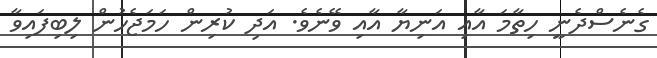
ގެނެސްދެނީ ހިތާމަ އާއި އަނިޔާ އާއި ވޭނެވެ. އަދި ކުރިން ހަމަޖެހުން ލިބިފައިވާ